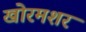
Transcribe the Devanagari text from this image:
खोरमशर